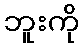
ဘူးကို